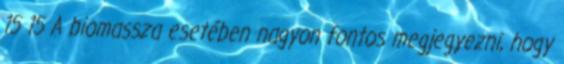
15 15 A biomassza esetében nagyon fontos megjegyezni, hogy